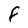
Character: F